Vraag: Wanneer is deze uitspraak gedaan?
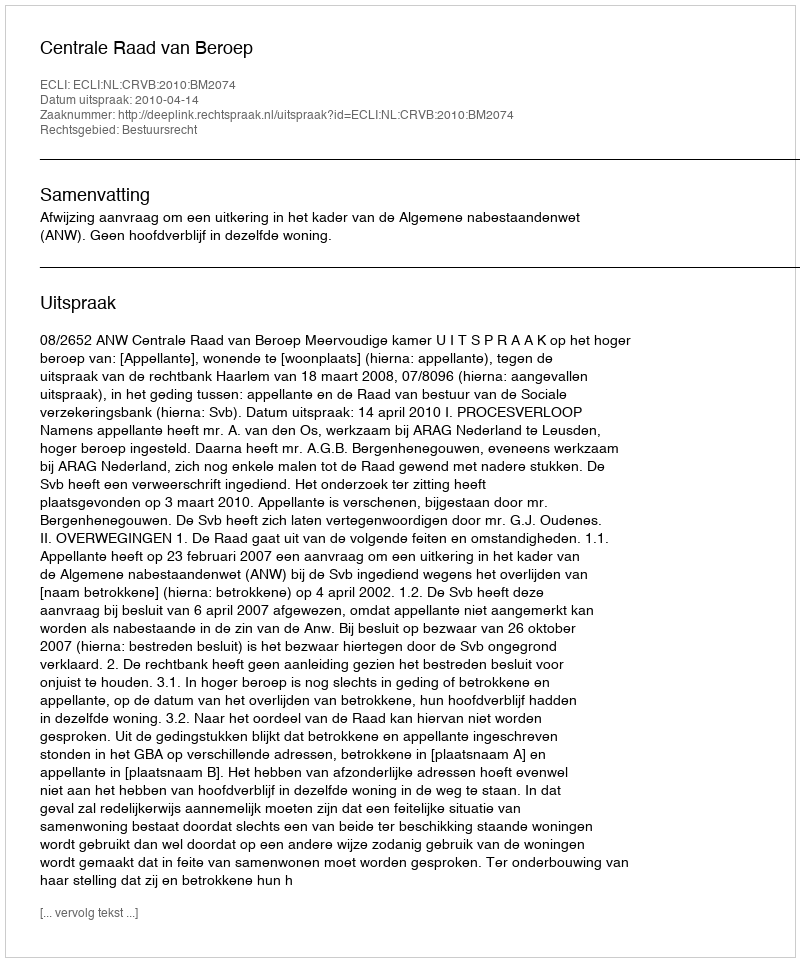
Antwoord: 2010-04-14